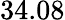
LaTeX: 34.08